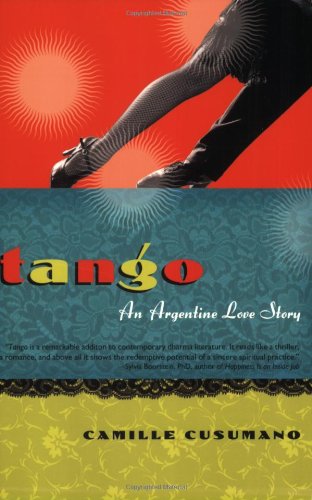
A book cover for Tango: An Argentine Love Story; Camille Cusumano; Travel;